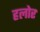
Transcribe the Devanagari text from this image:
हलोर